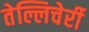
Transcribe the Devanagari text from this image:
तेल्लिचेर्री